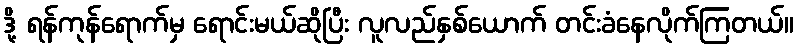
ဒို့ ရန်ကုန်ရောက်မှ ရောင်းမယ်ဆိုပြီး လူလည်နှစ်ယောက် တင်းခံနေလိုက်ကြတယ်။